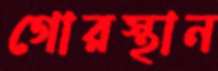
গোরস্থান